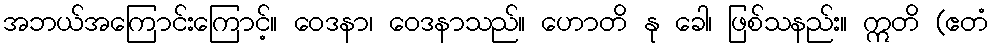
အဘယ်အကြောင်းကြောင့်။ ဝေဒနာ၊ ဝေဒနာသည်။ ဟောတိ နု ခေါ၊ ဖြစ်သနည်း။ ဣတိ (ဧတံ